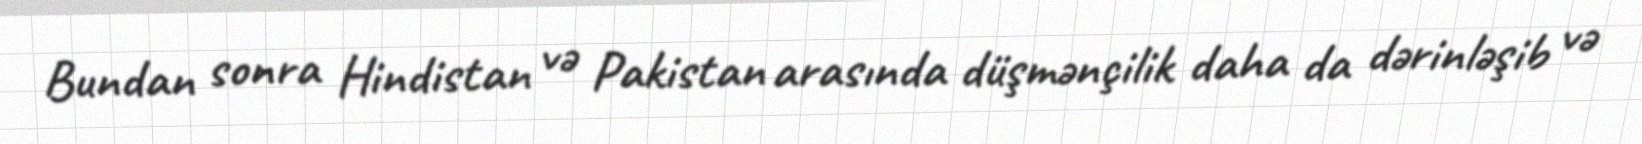
Bundan sonra Hindistan və Pakistan arasında düşmənçilik daha da dərinləşib və